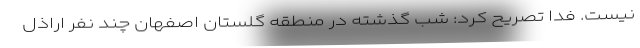
نیست. فدا تصریح کرد: شب گذشته در منطقه گلستان اصفهان چند نفر اراذل